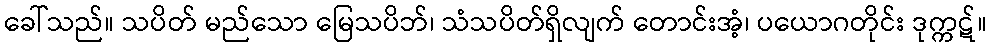
ခေါ်သည်။ သပိတ် မည်သော မြေသပိဘ်၊ သံသပိတ်ရှိလျက် တောင်းအံ့၊ ပယောဂတိုင်း ဒုက္ကဋ်။